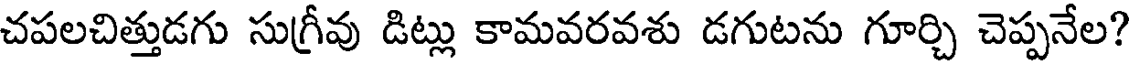
చపలచిత్తుడగు సుగ్రీవు డిట్లు కామవరవశు డగుటను గూర్చి చెప్పనేల?